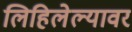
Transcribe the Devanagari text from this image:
लिहिलेल्यावर